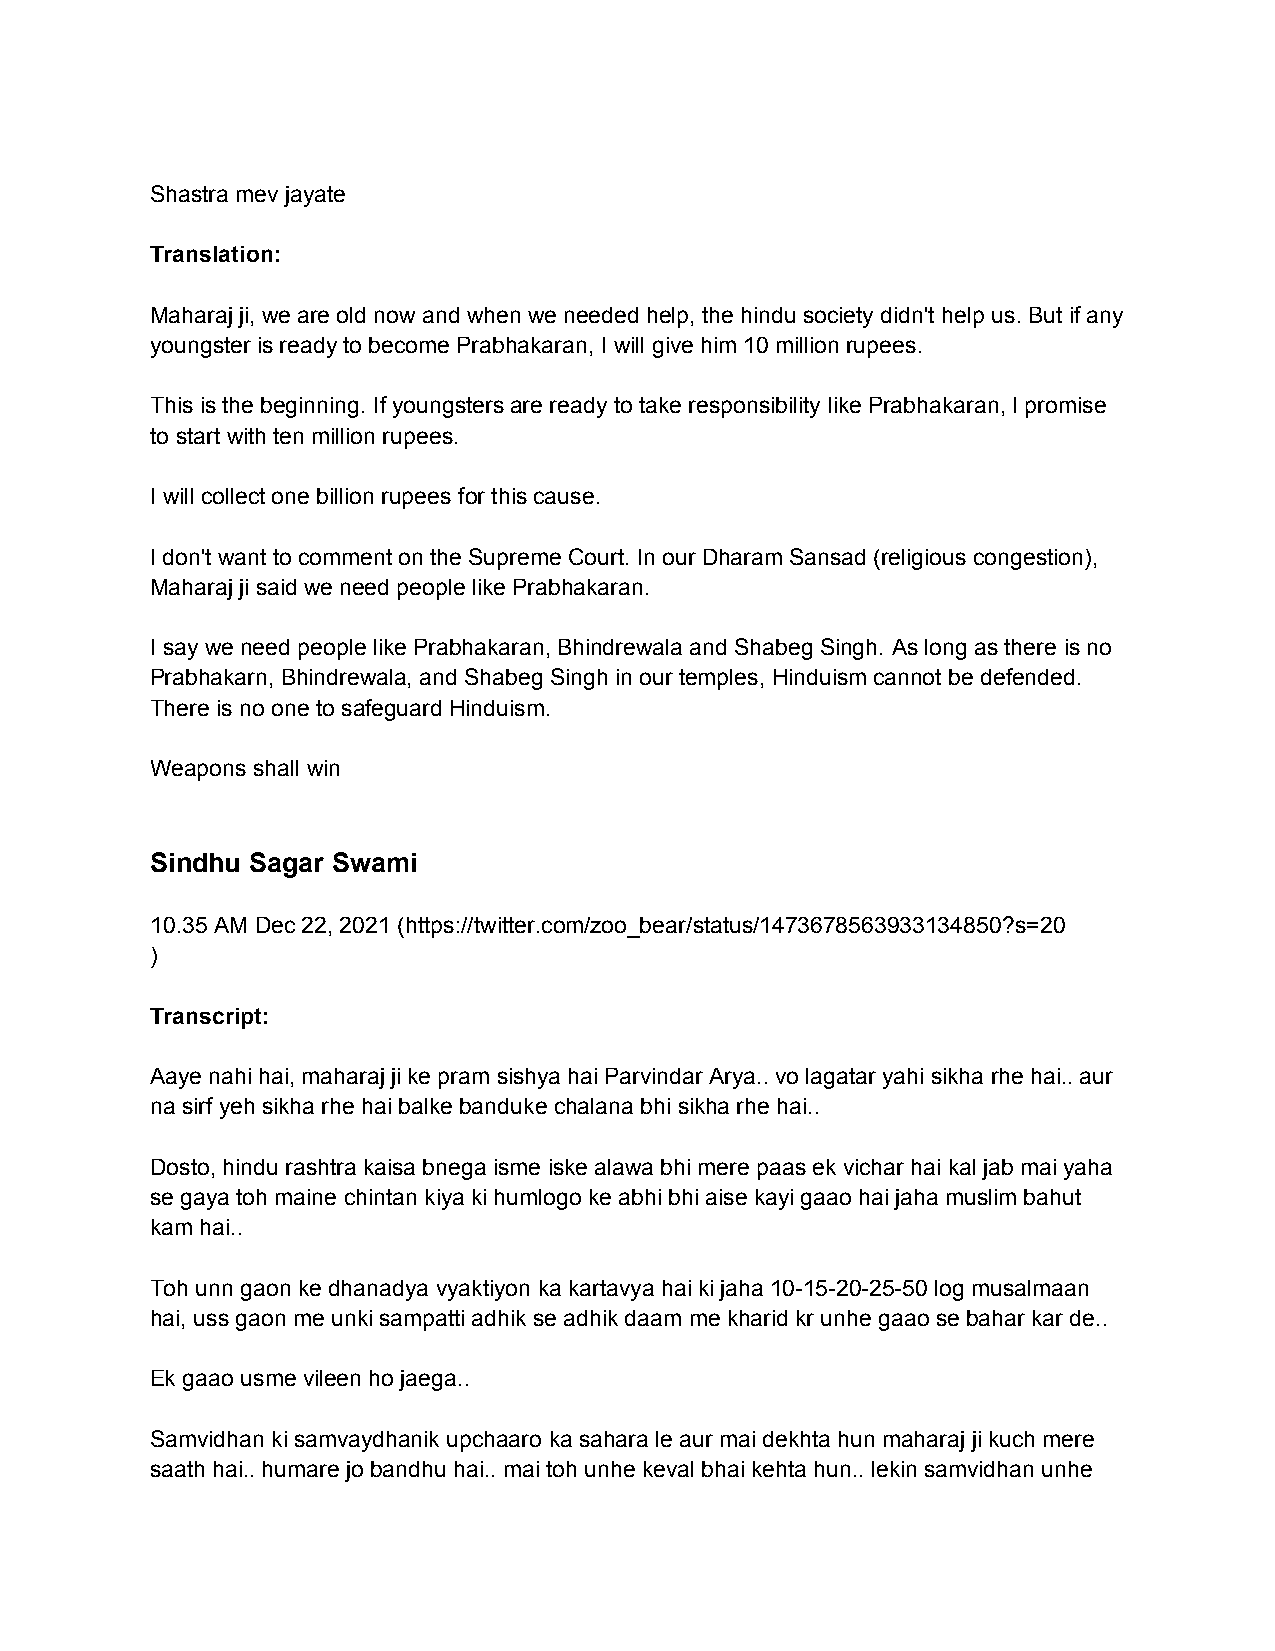
Shastra mev jayate
 Translation:
 Maharaj ji, we are old now and when we needed help, the hindu society didn't help us. But if any
 youngster is ready to become Prabhakaran, I will give him 10 million rupees.
 This is the beginning. If youngsters are ready to take responsibility like Prabhakaran, I promise
 to start with ten million rupees.
 I will collect one billion rupees for this cause.
 I don't want to comment on the Supreme Court. In our Dharam Sansad (religious congestion),
 Maharaj ji said we need people like Prabhakaran.
 I say we need people like Prabhakaran, Bhindrewala and Shabeg Singh. As long as there is no
 Prabhakarn, Bhindrewala, and Shabeg Singh in our temples, Hinduism cannot be defended.
 There is no one to safeguard Hinduism.
 Weapons shall win
 Sindhu Sagar Swami
 10.35 AM Dec 22, 2021 (https://twitter.com/zoo_bear/status/1473678563933134850?s=20
 )
 Transcript:
 Aaye nahi hai, maharaj ji ke pram sishya hai Parvindar Arya.. vo lagatar yahi sikha rhe hai.. aur
 na sirf yeh sikha rhe hai balke banduke chalana bhi sikha rhe hai..
 Dosto, hindu rashtra kaisa bnega isme iske alawa bhi mere paas ek vichar hai kal jab mai yaha
 se gaya toh maine chintan kiya ki humlogo ke abhi bhi aise kayi gaao hai jaha muslim bahut
 kam hai..
 Toh unn gaon ke dhanadya vyaktiyon ka kartavya hai ki jaha 10-15-20-25-50 log musalmaan
 hai, uss gaon me unki sampatti adhik se adhik daam me kharid kr unhe gaao se bahar kar de..
 Ek gaao usme vileen ho jaega..
 Samvidhan ki samvaydhanik upchaaro ka sahara le aur mai dekhta hun maharaj ji kuch mere
 saath hai.. humare jo bandhu hai.. mai toh unhe keval bhai kehta hun.. lekin samvidhan unhe